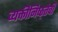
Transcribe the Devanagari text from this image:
व्यक्तीनिष्ठ्तेची